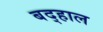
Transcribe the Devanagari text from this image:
बद्हाल